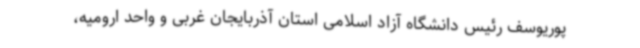
پوریوسف رئیس دانشگاه آزاد اسلامی استان آذربایجان غربی و واحد ارومیه،